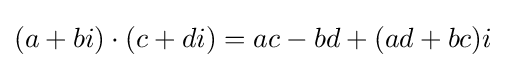
(a+bi)\cdot (c+di)=ac-bd+(ad+bc)i